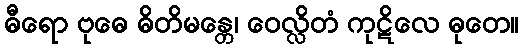
ဓီရော ဗုဓေ ဓိတိမန္တေ၊ ဝေလ္လိတံ ကုဋိလေ ဓုတေ။